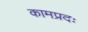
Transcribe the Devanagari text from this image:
कामप्रदः